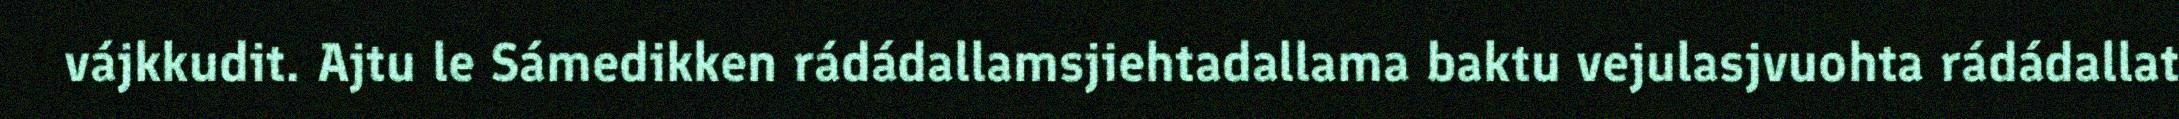
vájkkudit. Ajtu le Sámedikken rádádallamsjiehtadallama baktu vejulasjvuohta rádádallat